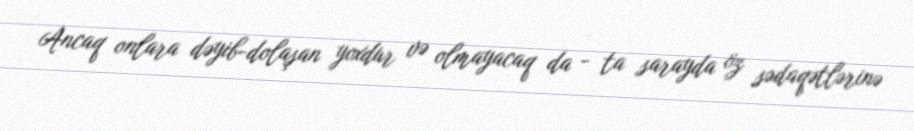
Ancaq onlara dəyib-dolaşan yoxdur və olmayacaq da - ta sarayda öz sədaqətlərinə